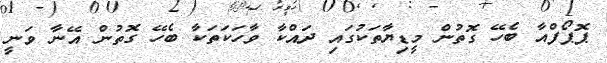
ޕޮޕޯފްއާ ބެހޭ ގޮތުން މީޑިޔާތަކުގައި ދައްކާ ވާހަކަތަކާ ބެހޭ ގޮތުން އޭނާ ވަނީ